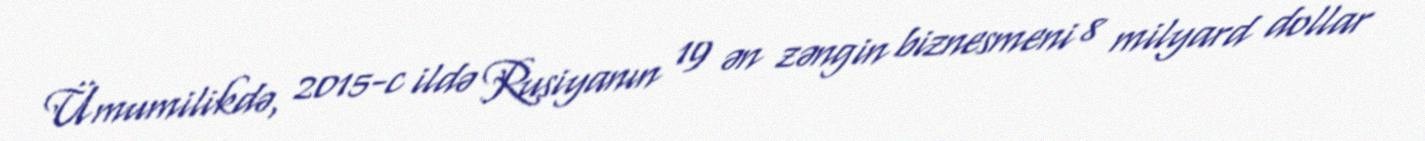
Ümumilikdə, 2015-c ildə Rusiyanın 19 ən zəngin biznesmeni 8 milyard dollar